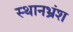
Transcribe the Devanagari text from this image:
स्थानभ्रंश